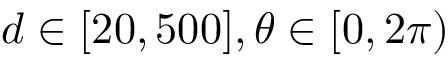
d \in [ 2 0 , 5 0 0 ] , \theta \in [ 0 , 2 \pi )